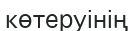
көтеруінің